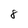
Character: 8